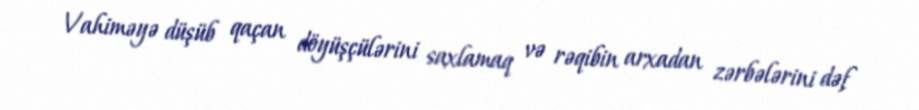
Vahiməyə düşüb qaçan döyüşçülərini saxlamaq və rəqibin arxadan zərbələrini dəf